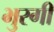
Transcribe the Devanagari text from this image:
भुरगी